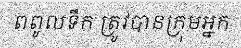
ពពូលទឹក ត្រូវបានក្រុមអ្នក